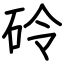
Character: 砱